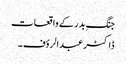
جنگِ بدر کے واقعات
ڈاکٹر عبدالرؤف ۔